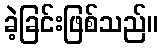
ခဲ့ခြင်းဖြစ်သည်။